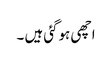
اچھی ہوگئی ہیں ۔